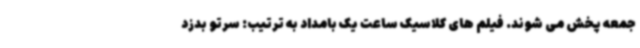
جمعه پخش می شوند. فیلم های کلاسیک ساعت یک بامداد به ترتیب: سرتو بدزد